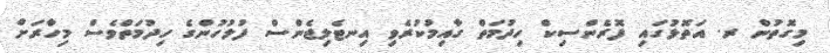
މިގޮތުން ރ. އަތޮޅުގައި ފޮރެންސިކް ހިދުމަތް ގާއިމުކުރެވި އިނޓެލިޖެންސް ފުލުހުންގެ ހިދުމަތްވެސް މިހާރަށް